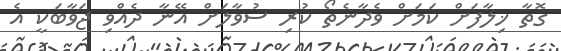
ގޮތާ ޚިލާފަށް ކަމަށް ވެދާނެތޯ ކުރި ސުވާލަށް އޭނާ ދެއްވި ޖަވާބަކީ އެ